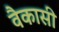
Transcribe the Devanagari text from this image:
वैकासी